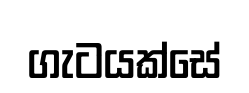
ගැටයක්සේ